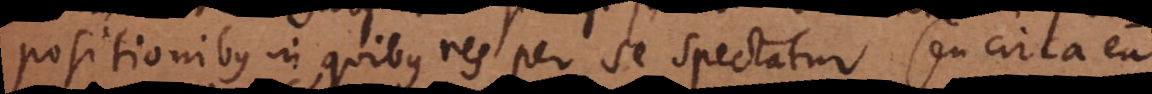
positionibus in quibus res per se spectatur seu circa ea